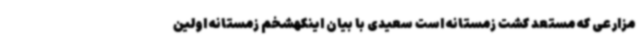
مزارعی که مستعد کشت زمستانه است سعیدی با بیان اینکهشخم زمستانه اولین